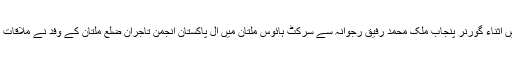
دریں اثناء گورنر پنجاب ملک محمد رفیق رجوانہ سے سرکٹ ہائوس ملتان میں آل پاکستان انجمن تاجران ضلع ملتان کے وفد نے ملاقات کی۔